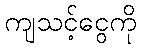
ကျသင့်ငွေကို